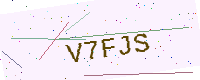
Text: V7FJS